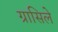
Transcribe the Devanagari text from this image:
ग्रासिले